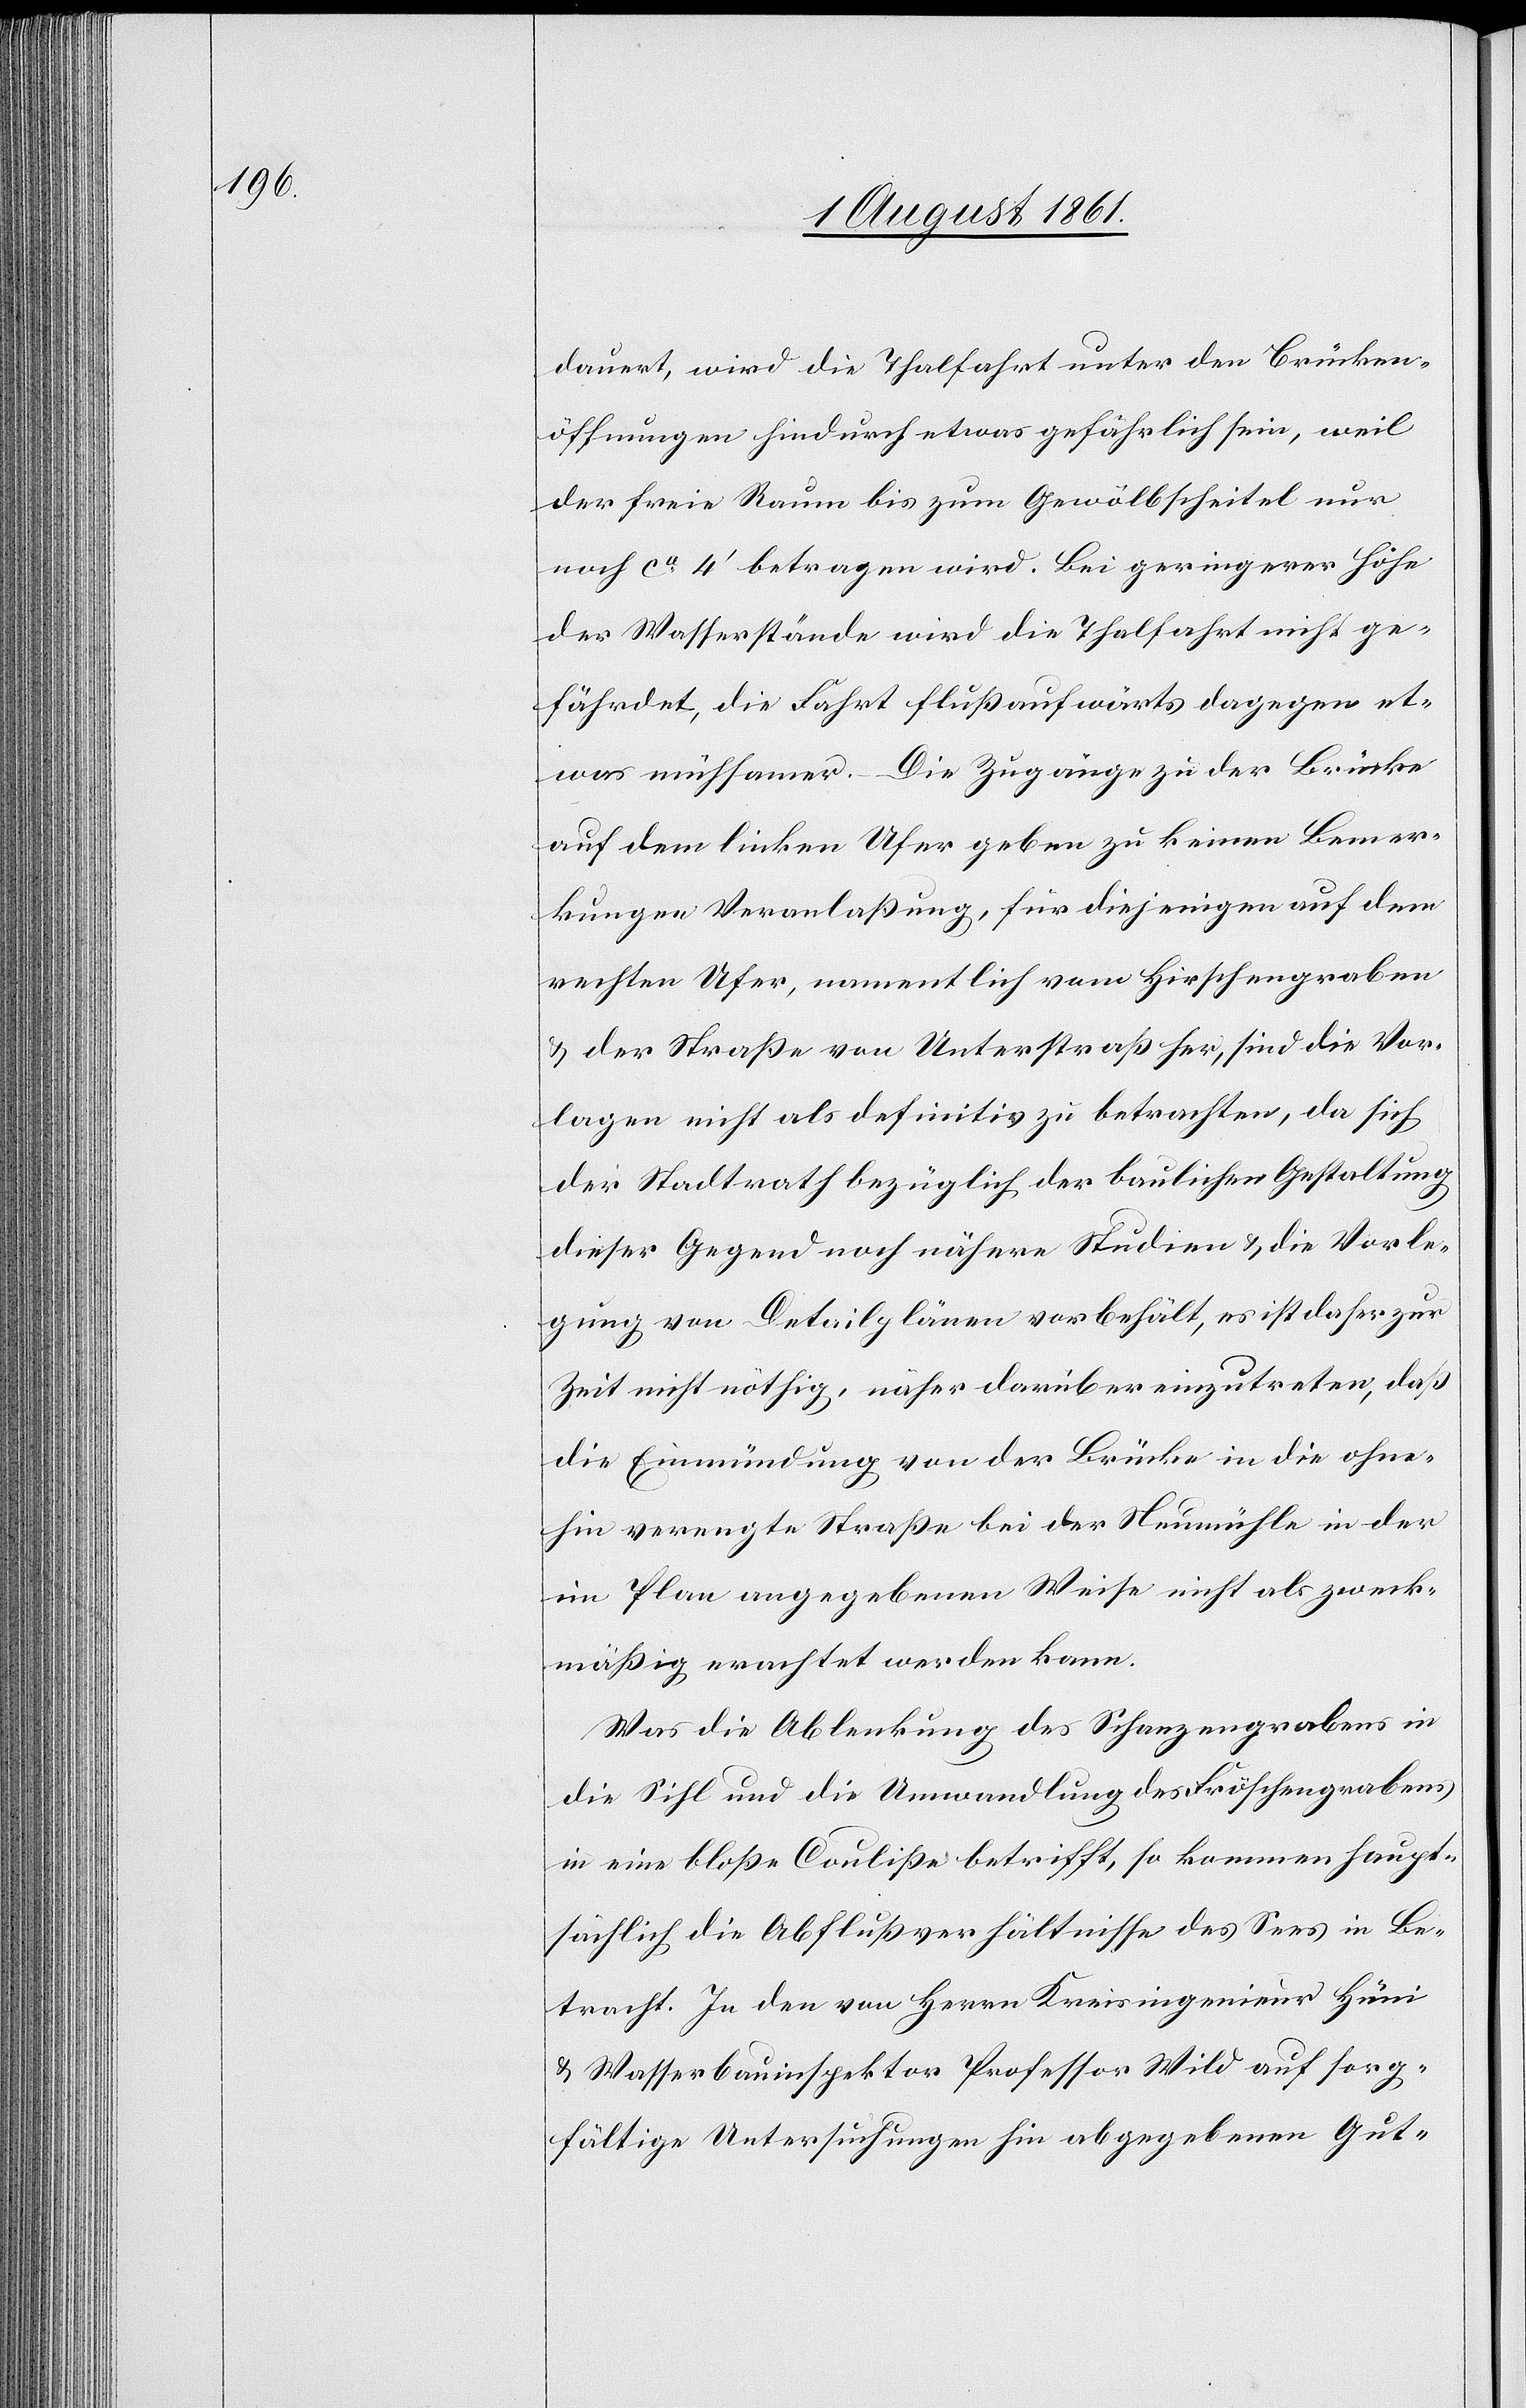
dauert, wird die Thalfahrt unter den Brücken¬
öffnungen hindurch etwas gefährlich sein, weil
der freie Raum bis zum Gewölbscheitel nur
noch ca 4’ betragen wird. Bei geringerer Höhe
der Wasserstände wird die Thalfahrt nicht ge¬
fährdet, die Fahrt flußaufwärts dagegen et¬
was mühsamer. – Die Zugänge zu der Brücke
auf dem linken Ufer geben zu keinen Bemer¬
kungen Veranlaßung, für diejenigen auf dem
rechten Ufer, namentlich vom Hirschengraben
u. der Straße von Unterstraß her, sind die Vor¬
lagen nicht als definitiv zu betrachten, da sich
der Stadtrath bezüglich der baulichen Gestaltung
dieser Gegend nähere Studien u. die Vorle¬
gung von Detailplänen vorbehält, es ist daher zur
Zeit nicht nöthig, näher darüber einzutreten, daß
die Einmündung von der Brücke in die ohne¬
hin verengte Straße bei der Neumühle in der
im Plan angegebenen Weise nicht als zweck¬
mäßig erachtet werden kann.
Was die Ablenkung des Schanzengrabens in
die Sihl und die Umwandlung des Fröschengrabens
in eine bloße Couliße betrifft, so kommen haupt¬
sächlich die Abflußverhältnisse des Sees in Be¬
tracht. In den von Herrn Kreisingenieur Hüni
u. Wasserbauinspektor Professor Wild auf sorg¬
fältige Untersuchungen hin abgegebenen Gut-